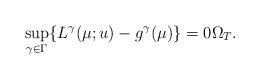
LaTeX: \begin{align*}\sup_{\gamma\in \Gamma} \{ L^\gamma(\mu; u) - g^\gamma(\mu)\}=0 \Omega_T.\end{align*}